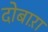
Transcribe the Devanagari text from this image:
दोबाऱा